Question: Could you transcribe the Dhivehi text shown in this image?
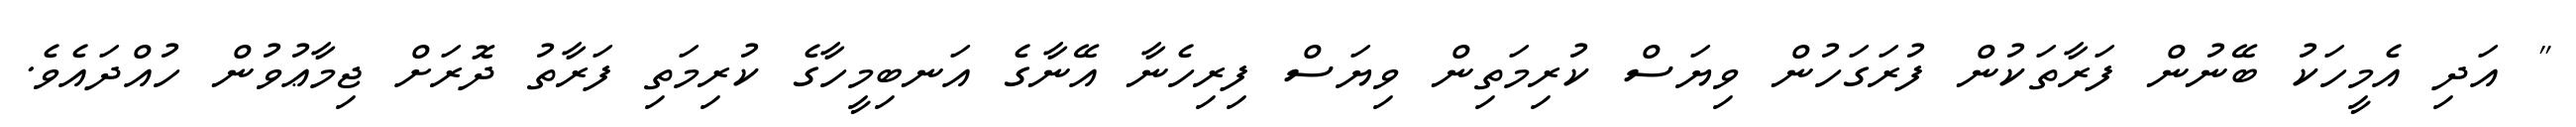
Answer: " އަދި އެމީހަކު ބޭނުން ފަރާތަކުން ފުރަގަހުން ވިޔަސް ކުރިމަތިން ވިޔަސް ފިރިހެނާ އޭނާގެ އަނބިމީހާގެ ކުރިމަތި ފަރާތު ދޮރަށް ޖިމާޢުވުން ހުއްދައެވެ.